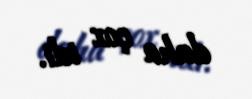
daha çox idi.